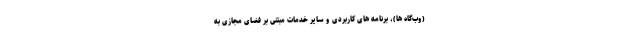
(وب­گاه ها)، برنامه های کاربردی و سایر خدمات مبتنی بر فضای مجازی به